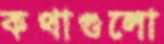
কথাগুলো